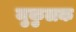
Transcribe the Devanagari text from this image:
मुकुलक